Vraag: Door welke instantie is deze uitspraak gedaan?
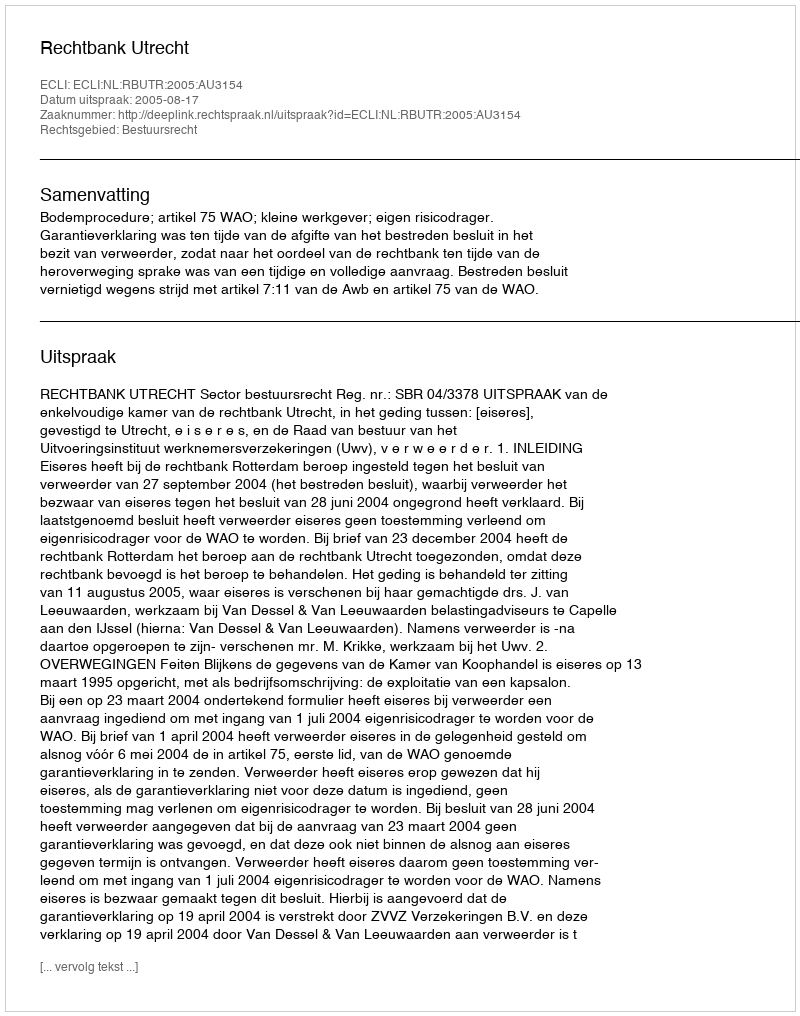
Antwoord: Rechtbank Utrecht